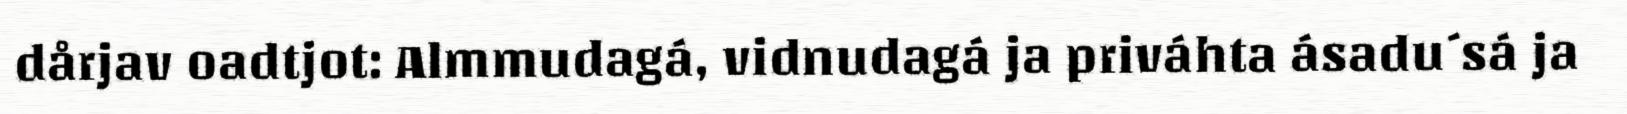
dårjav oadtjot: Almmudagá, vidnudagá ja priváhta ásadu´sá ja